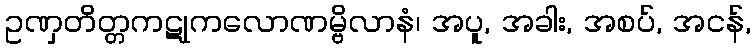
ဥဏှတိတ္တကဋုကလောဏမ္ဗိလာနံ၊ အပူ, အခါး, အစပ်, အငန်,